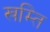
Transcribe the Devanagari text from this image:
खम्ति